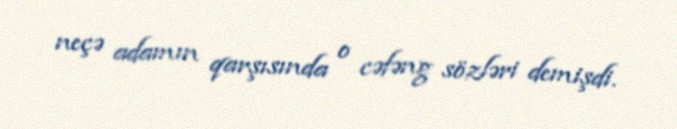
neçə adamın qarşısında o cəfəng sözləri demişdi.